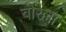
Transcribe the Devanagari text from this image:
बोरेल्ला